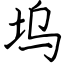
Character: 坞